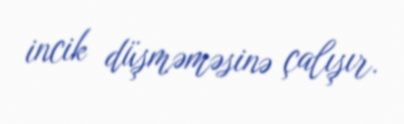
incik düşməməsinə çalışır.